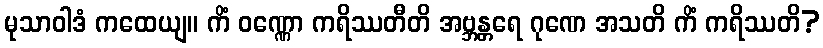
မုသာဝါဒံ ကထေယျ။ ကိံ ဝဏ္ဏော ကရိဿတီတိ အဗ္ဘန္တရေ ဂုဏေ အသတိ ကိံ ကရိဿတိ?